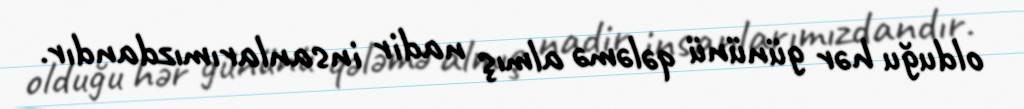
olduğu hər gününü qələmə almış nadir insanlarımızdandır.